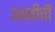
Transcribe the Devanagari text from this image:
आजीची